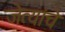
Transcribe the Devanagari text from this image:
जेत्यांचे